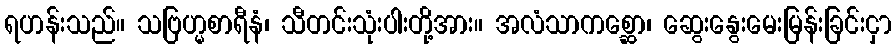
ရဟန်းသည်။ သဗြဟ္မစာရီနံ၊ သီတင်းသုံးပါးတို့အား။ အလံသာကစ္ဆော၊ ဆွေးနွေးမေးမြန်းခြင်းငှာ